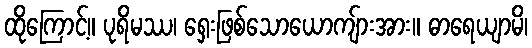
ထိုကြောင့်။ ပုရိမဿ၊ ရှေးဖြစ်သောယောကျ်ားအား။ ဓာရေယျာမိ၊